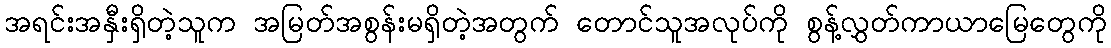
အရင်းအနှီးရှိတဲ့သူက အမြတ်အစွန်းမရှိတဲ့အတွက် တောင်သူအလုပ်ကို စွန့်လွှတ်ကာယာမြေတွေကို